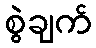
စွဲချက်